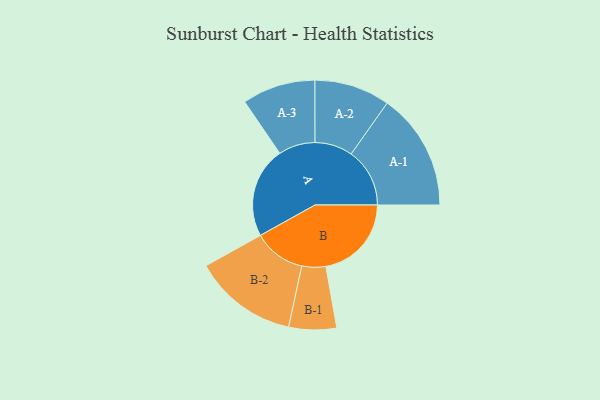
{"axis": {"x": "Segment", "y": "Value"}, "legend": ["", "A", "B"], "data": [{"x": "A", "y": 434, "type": ""}, {"x": "B", "y": 409, "type": ""}, {"x": "A-1", "y": 280, "type": "A"}, {"x": "A-2", "y": 181, "type": "A"}, {"x": "A-3", "y": 175, "type": "A"}, {"x": "B-1", "y": 114, "type": "B"}, {"x": "B-2", "y": 249, "type": "B"}]}